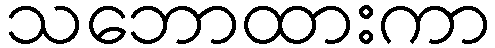
သဘောထားကာ